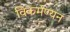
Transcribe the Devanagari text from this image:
विकर्मण्यन